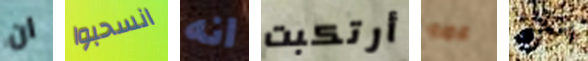
ان انسحبوا انه أرتكبت عمرو إسمعيني